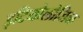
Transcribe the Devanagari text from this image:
इटियोलोजिक